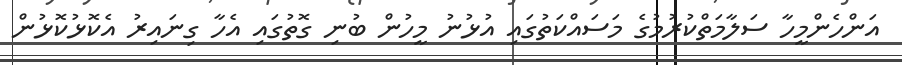
އަންހެންމީހާ ސަލާމަތްކުރުމުގެ މަސައްކަތުގައި އުޅުނު މީހުން ބުނި ގޮތުގައި އެހާ ގިނައިރު އެކޮޅުކޮޅުން